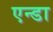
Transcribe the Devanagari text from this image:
एन्डा